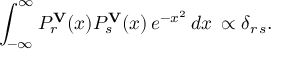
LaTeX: \int _ { - \infty } ^ { \infty } P _ { r } ^ { \bf V } ( x ) P _ { s } ^ { \bf V } ( x ) \, e ^ { - x ^ { 2 } } \, d x \, \propto \delta _ { r \, s } .